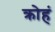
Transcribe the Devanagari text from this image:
क्रोहं